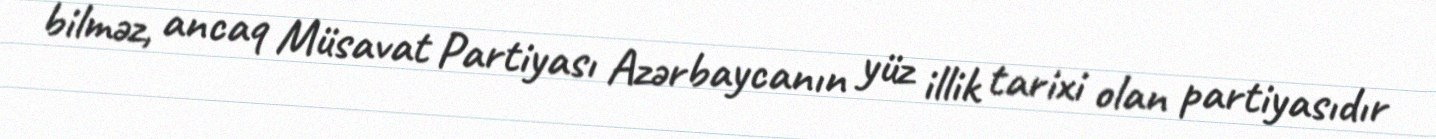
bilməz, ancaq Müsavat Partiyası Azərbaycanın yüz illik tarixi olan partiyasıdır